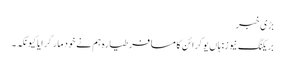
بڑی خبر
بریکنگ نیوز: ہاں یوکرائن کا مسافر طیارہ ہم نے خود مار گرایا کیونکہ ۔